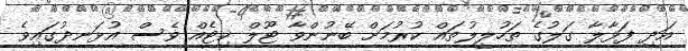
އަދި ފަޅާލާ ގަލުގެ ތަހުލީލުތައް ކުރުމަށް ބޭނުންވާ ޓޫލް ކިޓެއް ވެސް އުޅަނދުގައިވެ